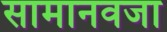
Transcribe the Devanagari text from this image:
सामानवजा